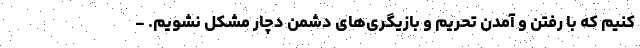
کنیم که با رفتن و آمدن تحریم و بازیگری‌های دشمن دچار مشکل نشویم. -